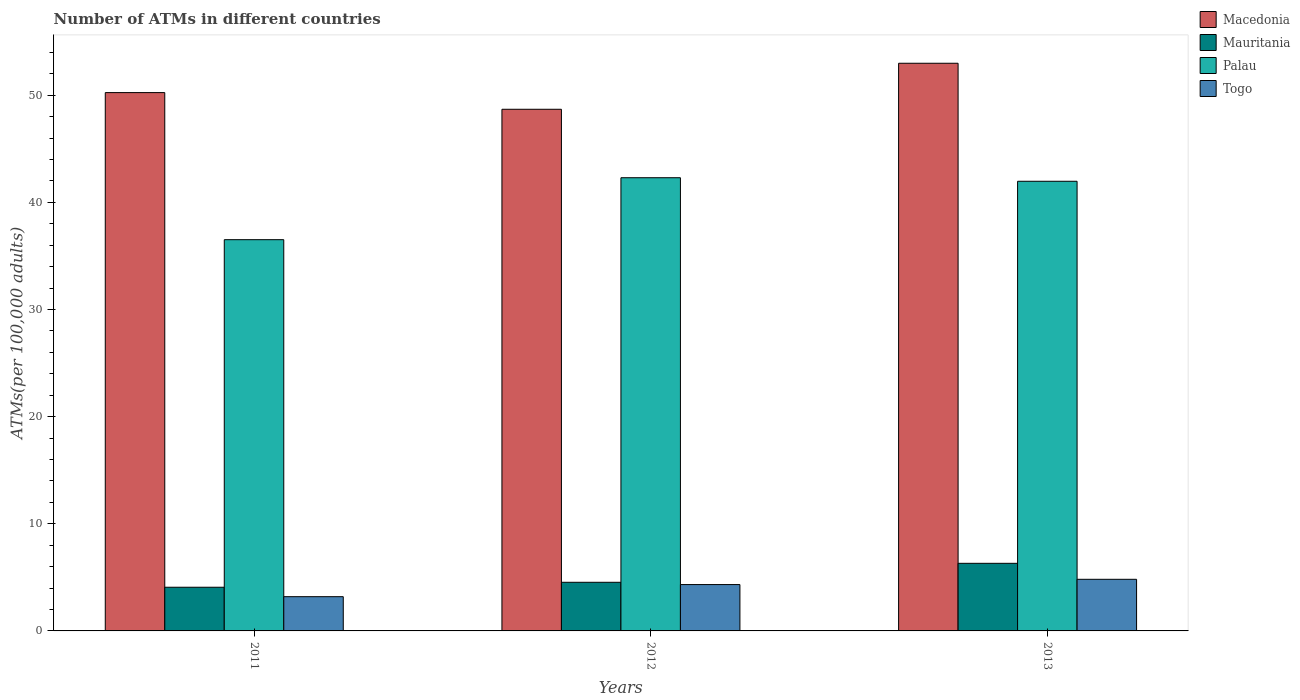
| Years | Macedonia | Mauritania | Palau | Togo |
 | --- | --- | --- | --- | --- |
 | 2011 | 50.2 | 4.08 | 36.5 | 3.2 |
 | 2012 | 48.7 | 4.54 | 42.3 | 4.33 |
 | 2013 | 53 | 6.31 | 42 | 4.82 |